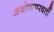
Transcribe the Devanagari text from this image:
अशोकपरवर्ती